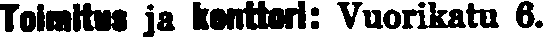
Toimitus ja konttori: Vuorikatu 6.